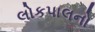
લોકપાલનો